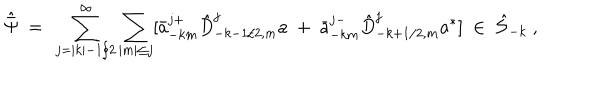
LaTeX: { \hat { \bar { \Psi } } } \ = \ \sum _ { j = | k | - 1 / 2 } ^ { \infty } \sum _ { | m | \le j } [ { \bar { a } } _ { - k m } ^ { j + } { \hat { D } } _ { - k - 1 / 2 , m } ^ { j } a \ + \ { \bar { a } } _ { - k m } ^ { j - } { \hat { D } } _ { - k + 1 / 2 , m } ^ { j } a ^ { * } ] \ \in \ { \hat { \cal S } } _ { - k } \ ,